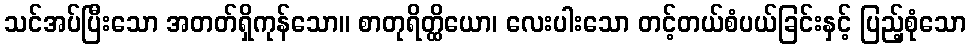
သင်အပ်ပြီးသော အတတ်ရှိကုန်သော။ စာတုရိတ္ထိယော၊ လေးပါးသော တင့်တယ်စံပယ်ခြင်းနှင့် ပြည့်စုံသော